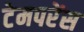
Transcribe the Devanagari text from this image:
टेमपरेंस